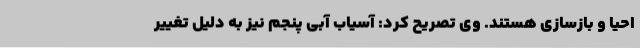
احیا و بازسازی هستند. وی تصریح کرد: آسیاب آبی پنجم نیز به دلیل تغییر